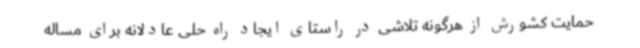
حمایت کشورش از هرگونه تلاشی در راستای ایجاد راه حلی عادلانه برای مساله